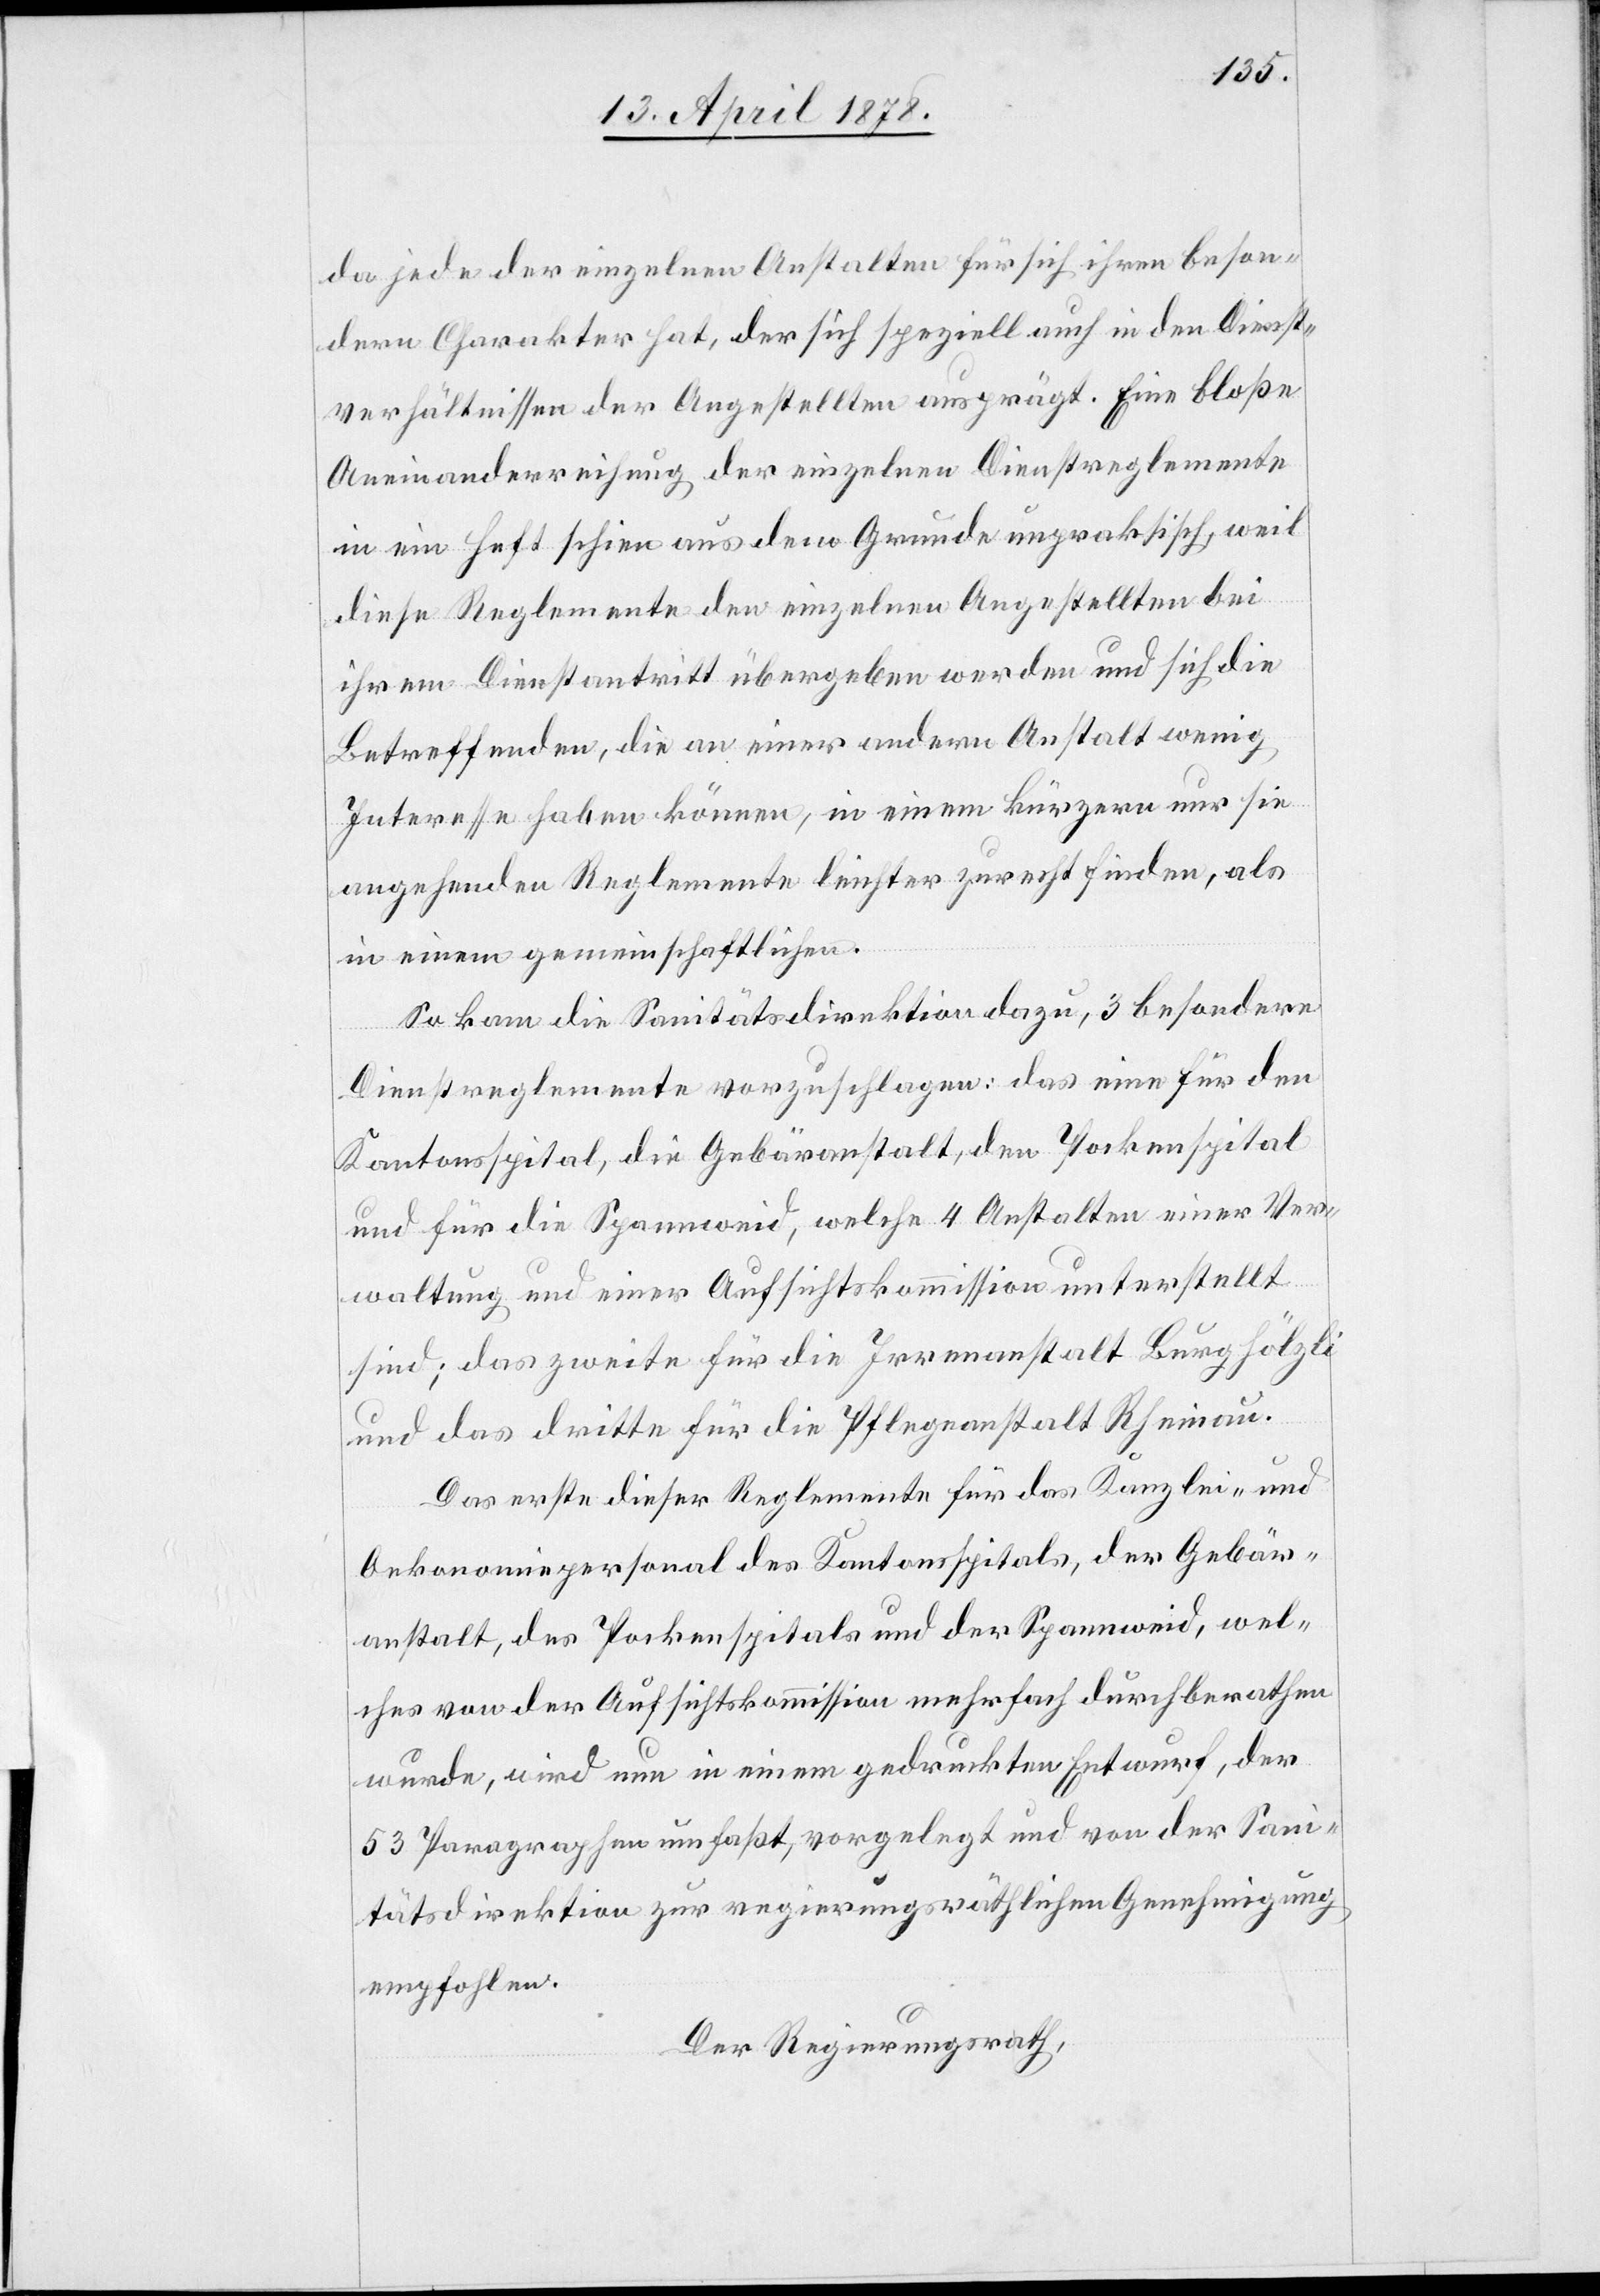
da jede der einzelnen Anstalten für sich ihren beson¬
dern Charakter hat, der sich speziell auch in den Dienst¬
verhältnissen der Angestellten ausprägt. Eine bloße
Aneinanderreihung der einzelnen Dienstreglemente
in ein Heft schien aus dem Grunde unpraktisch, weil
diese Reglemente den einzelnen Angestellten bei
ihrem Dienstantritt übergeben werden und sich die
Betreffenden, die an einer andern Anstalt wenig
Interesse haben können, in einem kürzeren nur sie
angehenden Reglemente leichter zurechtfinden, als
in einem gemeinschaftlichen.
So kam die Sanitätsdirektion dazu, 3 besondere
Dienstreglemente vorzuschlagen: das eine für den
Kantonsspital, die Gebäranstalt, den Pockenspital
und für die Spannweid, welche 4 Anstalten einer Ver¬
waltung und einer Aufsichtskommission unterstellt
sind; das zweite für die Irrenanstalt Burghölzli
und das dritte für die Pflegeanstalt Rheinau.
Das erste dieser Reglemente für das Kanzlei- und
Oekonomiepersonal des Kantonsspitals, der Gebär¬
anstalt, des Pockenspitals und der Spannweid, wel¬
ches von der Aufsichtskommission mehrfach durchberathen
wurde, wird nun in einem gedruckten Entwurf, der
53 Paragraphen umfasst, vorgelegt und von der Sani¬
tätsdirektion zur regierungsräthlichen Genehmigung
empfohlen.
Der Regierungsrath,